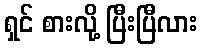
ရှင် စားလို့ ပြီးပြီလား